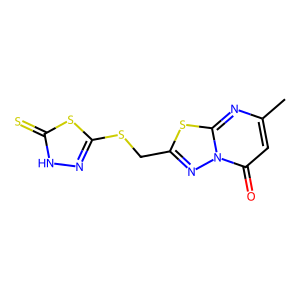
SMILES: Cc1cc(=O)n2nc(CSc3n[nH]c(=S)s3)sc2n1
Inhibits HIV replication: No